Punjab Mental Hospital Lahore 1922-31 - 1922-1931
Year: 1922
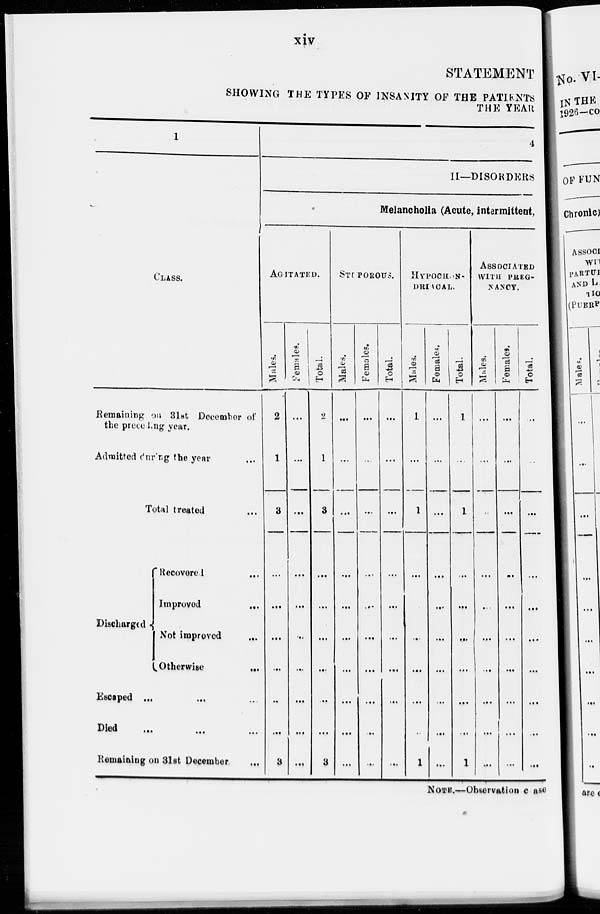
xiv
STATEMENT
SHOWING THE TYPES OF INSANITY OF THE PATIENTS
THE YEAR
1
CLASS.
Remaining on 31st December of
the preceding year.
Admitted during the year ...
Total treated ...
Discharged
Recovered ...
Improved
...
Not improved
...
Otherwise
...
Escaped ... ... ...
Died
...
...
...
Remaining on 31st December ...
4
II—DISORDERS
Melancholia (Acute, intermittent,
AGITATED.
Males.
2
1
3
...
...
...
...
...
...
3
Females.
...
...
...
...
...
...
...
...
...
...
Total.
2
1
3
...
...
...
...
...
...
3
STUPOROUS.
Males.
...
...
...
...
...
...
...
...
...
...
Females.
...
...
...
...
...
...
...
...
...
...
Total.
...
...
...
...
...
...
...
...
...
...
HYPOCHON-
DRIACAL.
Males.
1
...
1
...
...
...
...
...
...
1
Females.
...
...
...
...
...
...
...
...
...
...
Total.
1
...
1
...
...
...
...
...
...
1
ASSOCIATED
WITH PREG-
NANCY.
Males.
...
...
...
....
...
...
...
...
...
...
Females.
...
...
...
..
...
...
...
...
...
...
Total.
...
...
...
...
...
...
...
...
...
...
NOTE.—Observation case